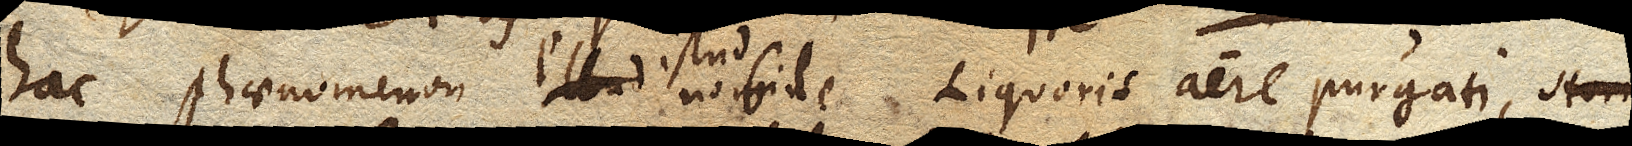
hac phaenomenon istud nobile Liquoris aere purgati,